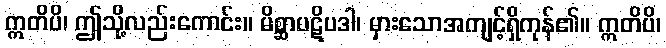
ဣတိပိ၊ ဤသို့လည်းကောင်း။ မိစ္ဆာပဋိပဒါ၊ မှားသောအကျင့်ရှိကုန်၏။ ဣတိပိ၊